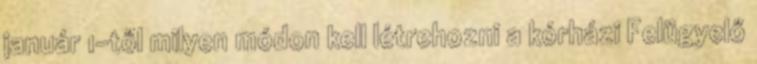
január 1-től milyen módon kell létrehozni a kórházi Felügyelő